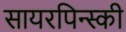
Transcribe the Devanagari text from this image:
सायरपिन्स्की